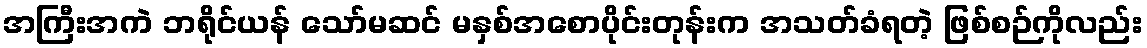
အကြီးအကဲ ဘရိုင်ယန် သော်မဆင် မနှစ်အစောပိုင်းတုန်းက အသတ်ခံရတဲ့ ဖြစ်စဉ်ကိုလည်း